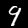
Label: 9